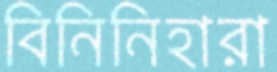
বিনিনিহারা